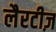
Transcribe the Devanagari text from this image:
लैरटीज़